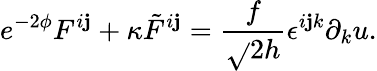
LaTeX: e^{-2\phi}F^{i\mathbf{j}}+\kappa{\tilde{{F}}}^{i\mathbf{j}}=\frac{{f}}{{\sqrt{}{{2h}}}}\epsilon^{i\mathbf{j}k}\partial_{k}u.